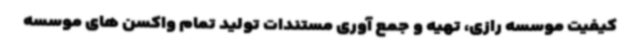
کیفیت موسسه رازی، تهیه و جمع آوری مستندات تولید تمام واکسن های موسسه